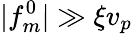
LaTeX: |f_{m}^{0}|\gg\xi v_{p}